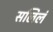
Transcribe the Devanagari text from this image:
सलिलं